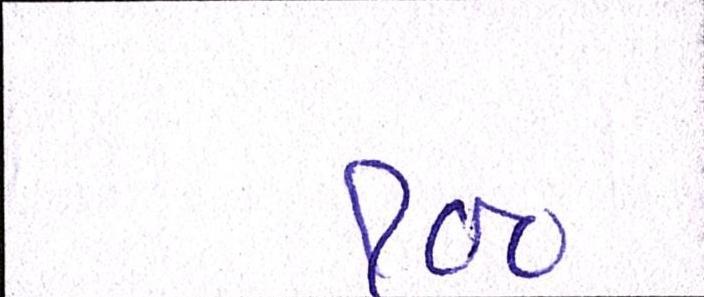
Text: ૧૦૦